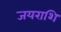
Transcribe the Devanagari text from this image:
जयराशि